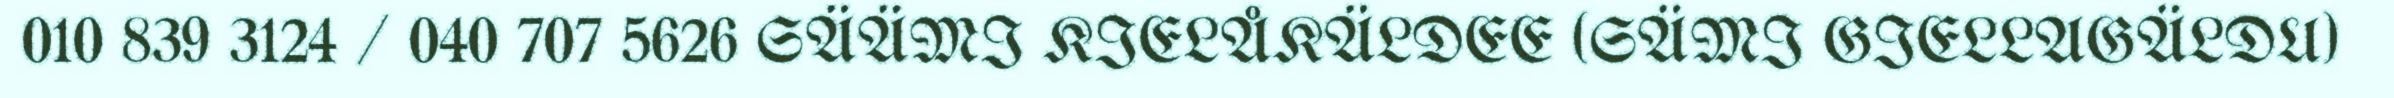
010 839 3124 / 040 707 5626 SÄÄMI KIELÅKÄLDEE (SÄMI GIELLAGÄLDU)